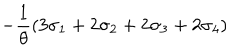
- \frac { 1 } { \theta } \left( 3 \sigma _ { 1 } + 2 \sigma _ { 2 } + 2 \sigma _ { 3 } + 2 \sigma _ { 4 } \right)